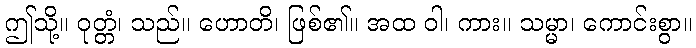
ဤသို့။ ဝုတ္တံ၊ သည်။ ဟောတိ၊ ဖြစ်၏။ အထ ဝါ၊ ကား။ သမ္မာ၊ ကောင်းစွာ။